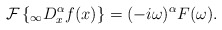
\begin{align*}\mathcal{F}\left\{ _{\infty}D_{x}^{\alpha}f(x)\right\} =(-i\omega)^{\alpha}F(\omega).\end{align*}